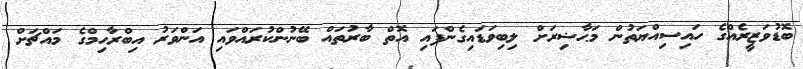
ބޮޑުވަޒީރެއްގެ ހައިސިއްޔަތުން މަޙާޟިރަށް ލިބިވަޑައިގެންފައި އޮތް ބާރުތައް ބޭނުންކުރައްވައި އަންވަރު އިބްރާހިމްގެ މައްޗަށް